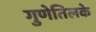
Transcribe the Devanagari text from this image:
गुणेतिलके